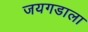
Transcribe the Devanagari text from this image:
जयगडाला